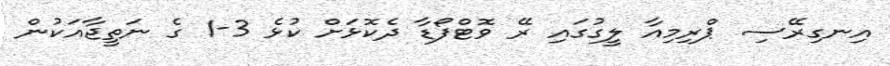
އިނގިރޭސި ޕްރިމިއާ ލީގުގައި ރޭ ވޮޓްފޯޑާ ދެކޮޅަށް ކުޅެ 3-1 ގެ ނަތީޖާއަކުން